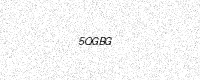
Text: 5QGBG